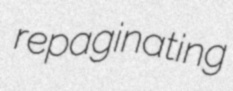
repaginating